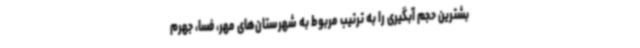
بشترین حجم آبگیری را به ترتیب مربوط به شهرستان‌های مهر، فسا، جهرم